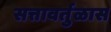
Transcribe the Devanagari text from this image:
सत्तावर्तुळास